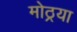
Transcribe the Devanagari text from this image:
मोठ्रया